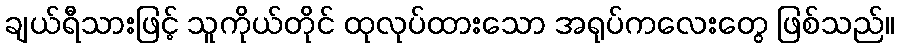
ချယ်ရီသားဖြင့် သူကိုယ်တိုင် ထုလုပ်ထားသော အရုပ်ကလေးတွေ ဖြစ်သည်။